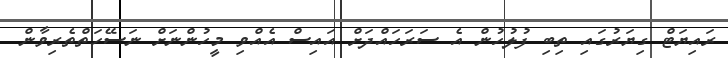
ރައިޔަޓް ގިޔަރުގައި ތިބި ފުލުހުން އެ ސަރަހައްދަށް އައިސް އެއްވި މީހުންނަށް ނަސޭހަތްތެރިވާން